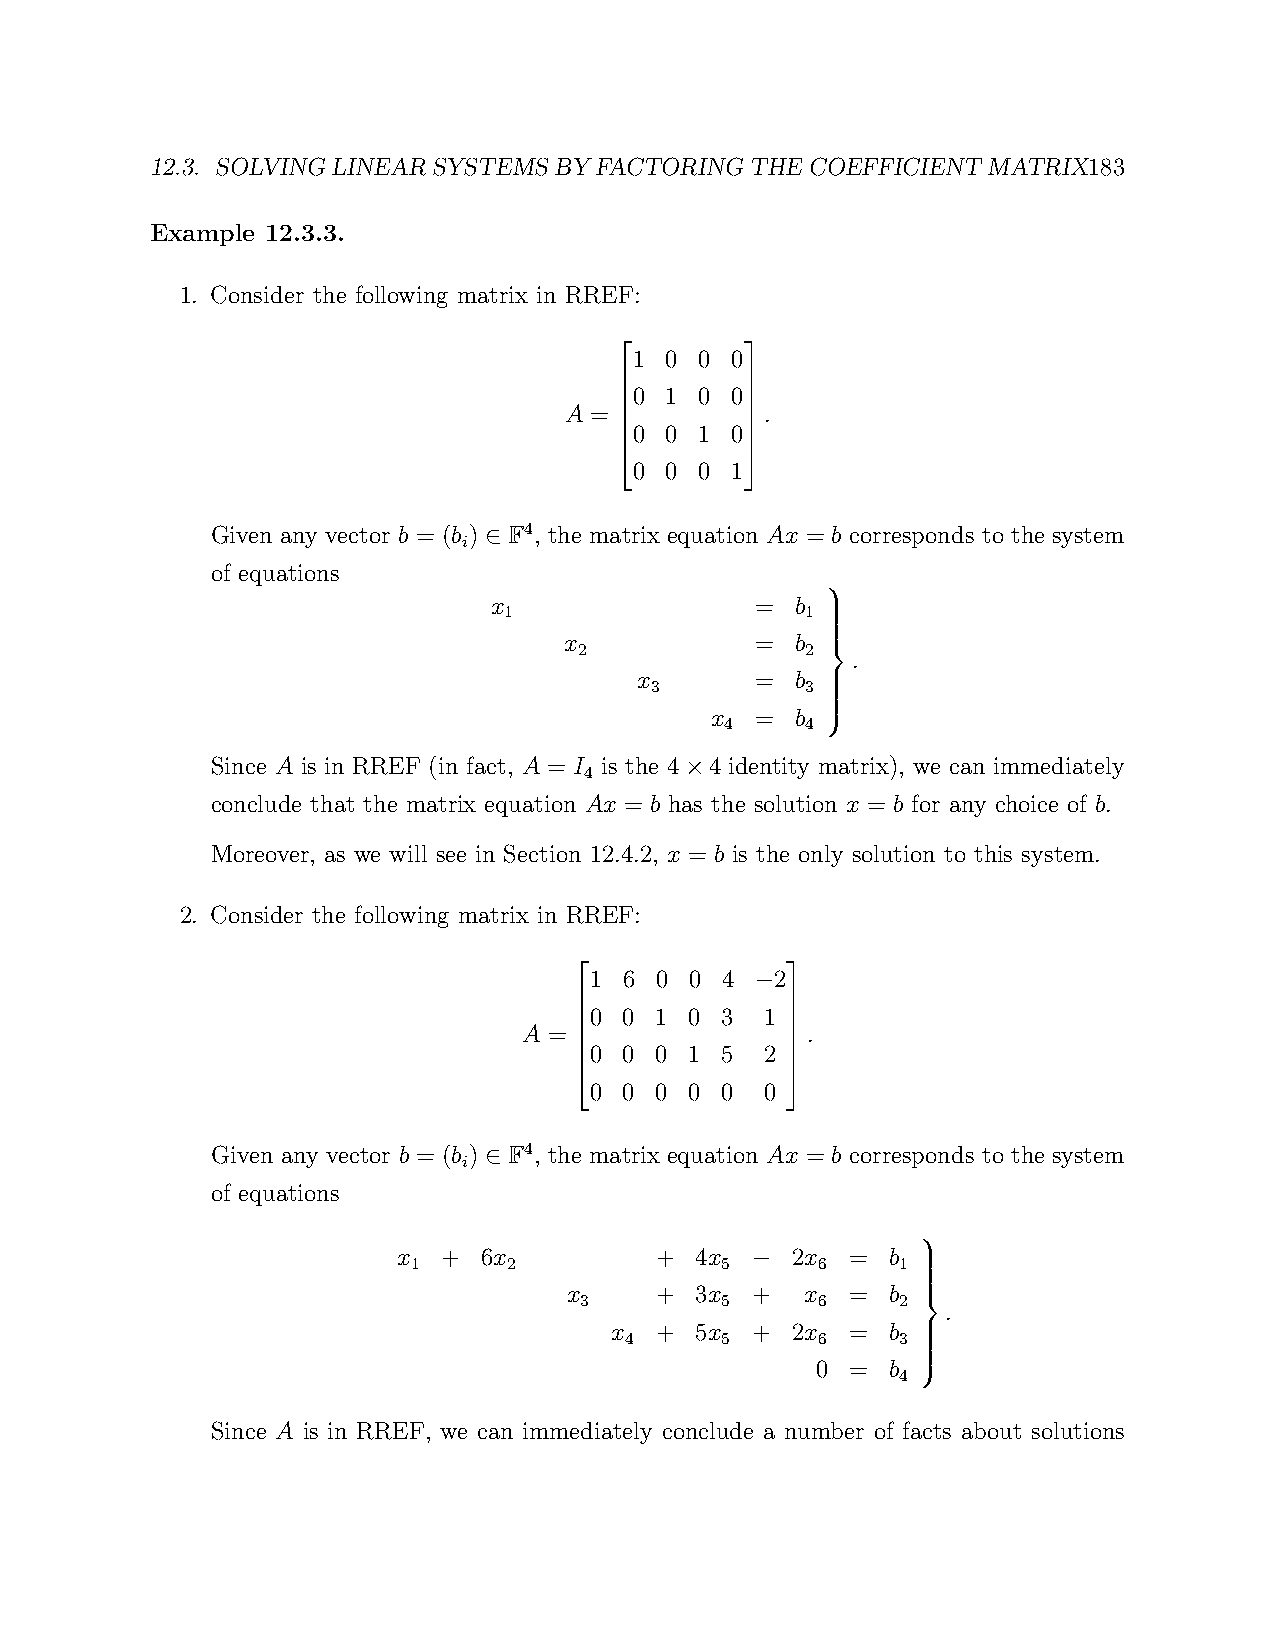
12.3. SOLVINGLINEARSYSTEMSBYFACTORINGTHECOEFFICIENT    MATRIX183
 Example 12.3.3.
 1. Consider the following matrix in RREF:
 1 0 0 0
 0 1 0 0
 A =           .
 0 0 1 0
        
        
 0 0 0 1
        
        
 Given any vector b = (b ) F4, the matrix equation Ax = b corresponds to the system
 i
 ∈
 of equations
 x                 =  b
 1                   1
 x 2          =  b 2 
 .
 
 x 3     =  b 3   
 
 x  =  b
 4    4
 
 
 
 Since A is in RREF (in fact, A = I is the 4 4 identity matrix), we can immediately
 4               
 ×
 conclude that the matrix equation Ax = b has the solution x = b for any choice of b.
 Moreover, as we will see in Section 12.4.2, x = b is the only solution to this system.
 2. Consider the following matrix in RREF:
 1 6 0  0 4  2
 −
 0 0 1  0 3  1 
 A =               .
 0 0 0  1 5  2
              
              
 0 0 0  0 0  0 
              
              
 Given any vector b = (b ) F4, the matrix equation Ax = b corresponds to the system
 i
 ∈
 of equations
 x  +  6x         +  4x    2x  =  b
 1      2             5     6     1
 −
 x 3  +  3x 5 + x 6 = b 2 
 .
 
 x  +  5x  + 2x  =  b  
 4      5     6     3 
 
 0 =  b
 4
 
 
 
 
 Since A is in RREF, we can immediately conclude a number of facts about solutions